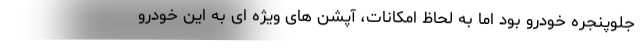
جلوپنجره خودرو بود اما به لحاظ امکانات، آپشن های ویژه ای به این خودرو